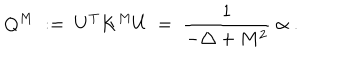
Q ^ { M } \; : = \; U ^ { T } K ^ { M } U \; = \; \frac { 1 } { - \triangle + M ^ { 2 } } \; \alpha \; .